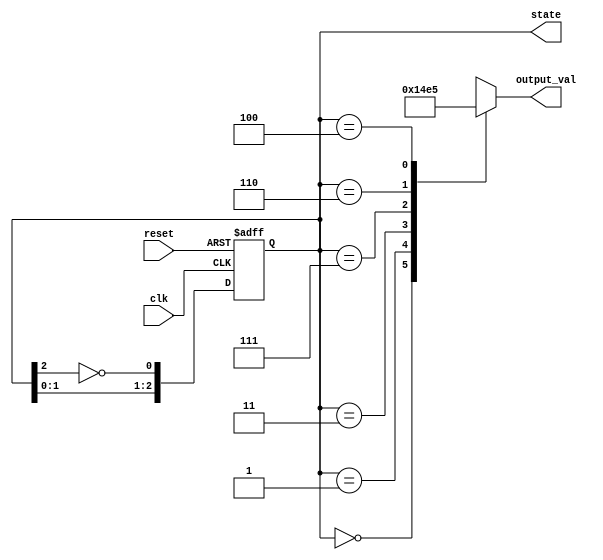
module johnson_counter (
    input wire clk,              // Clock input
    input wire reset,            // Asynchronous reset
    output reg [2:0] state,      // 3-bit state output
    output reg [2:0] output_val   // Output value based on current state
);

    // State transition logic
    always @(posedge clk or posedge reset) begin
        if (reset) begin
            state <= 3'b000;      // Reset to initial state
        end else begin
            // Johnson counter logic
            state[2] <= state[1]; // Shift right
            state[1] <= state[0]; // Shift right
            state[0] <= ~state[2]; // Invert last flip-flop and feed to first
        end
    end

    // Moore output logic: output depends on current state
    always @(state) begin
        case (state)
            3'b000: output_val = 3'b000; // State 0
            3'b001: output_val = 3'b001; // State 1
            3'b011: output_val = 3'b010; // State 2
            3'b111: output_val = 3'b011; // State 3
            3'b110: output_val = 3'b100; // State 4
            3'b100: output_val = 3'b101; // State 5
            default: output_val = 3'bxxx; // Undefined state
        endcase
    end

endmodule